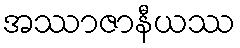
အဿာဇာနီယဿ